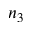
n _ { 3 }